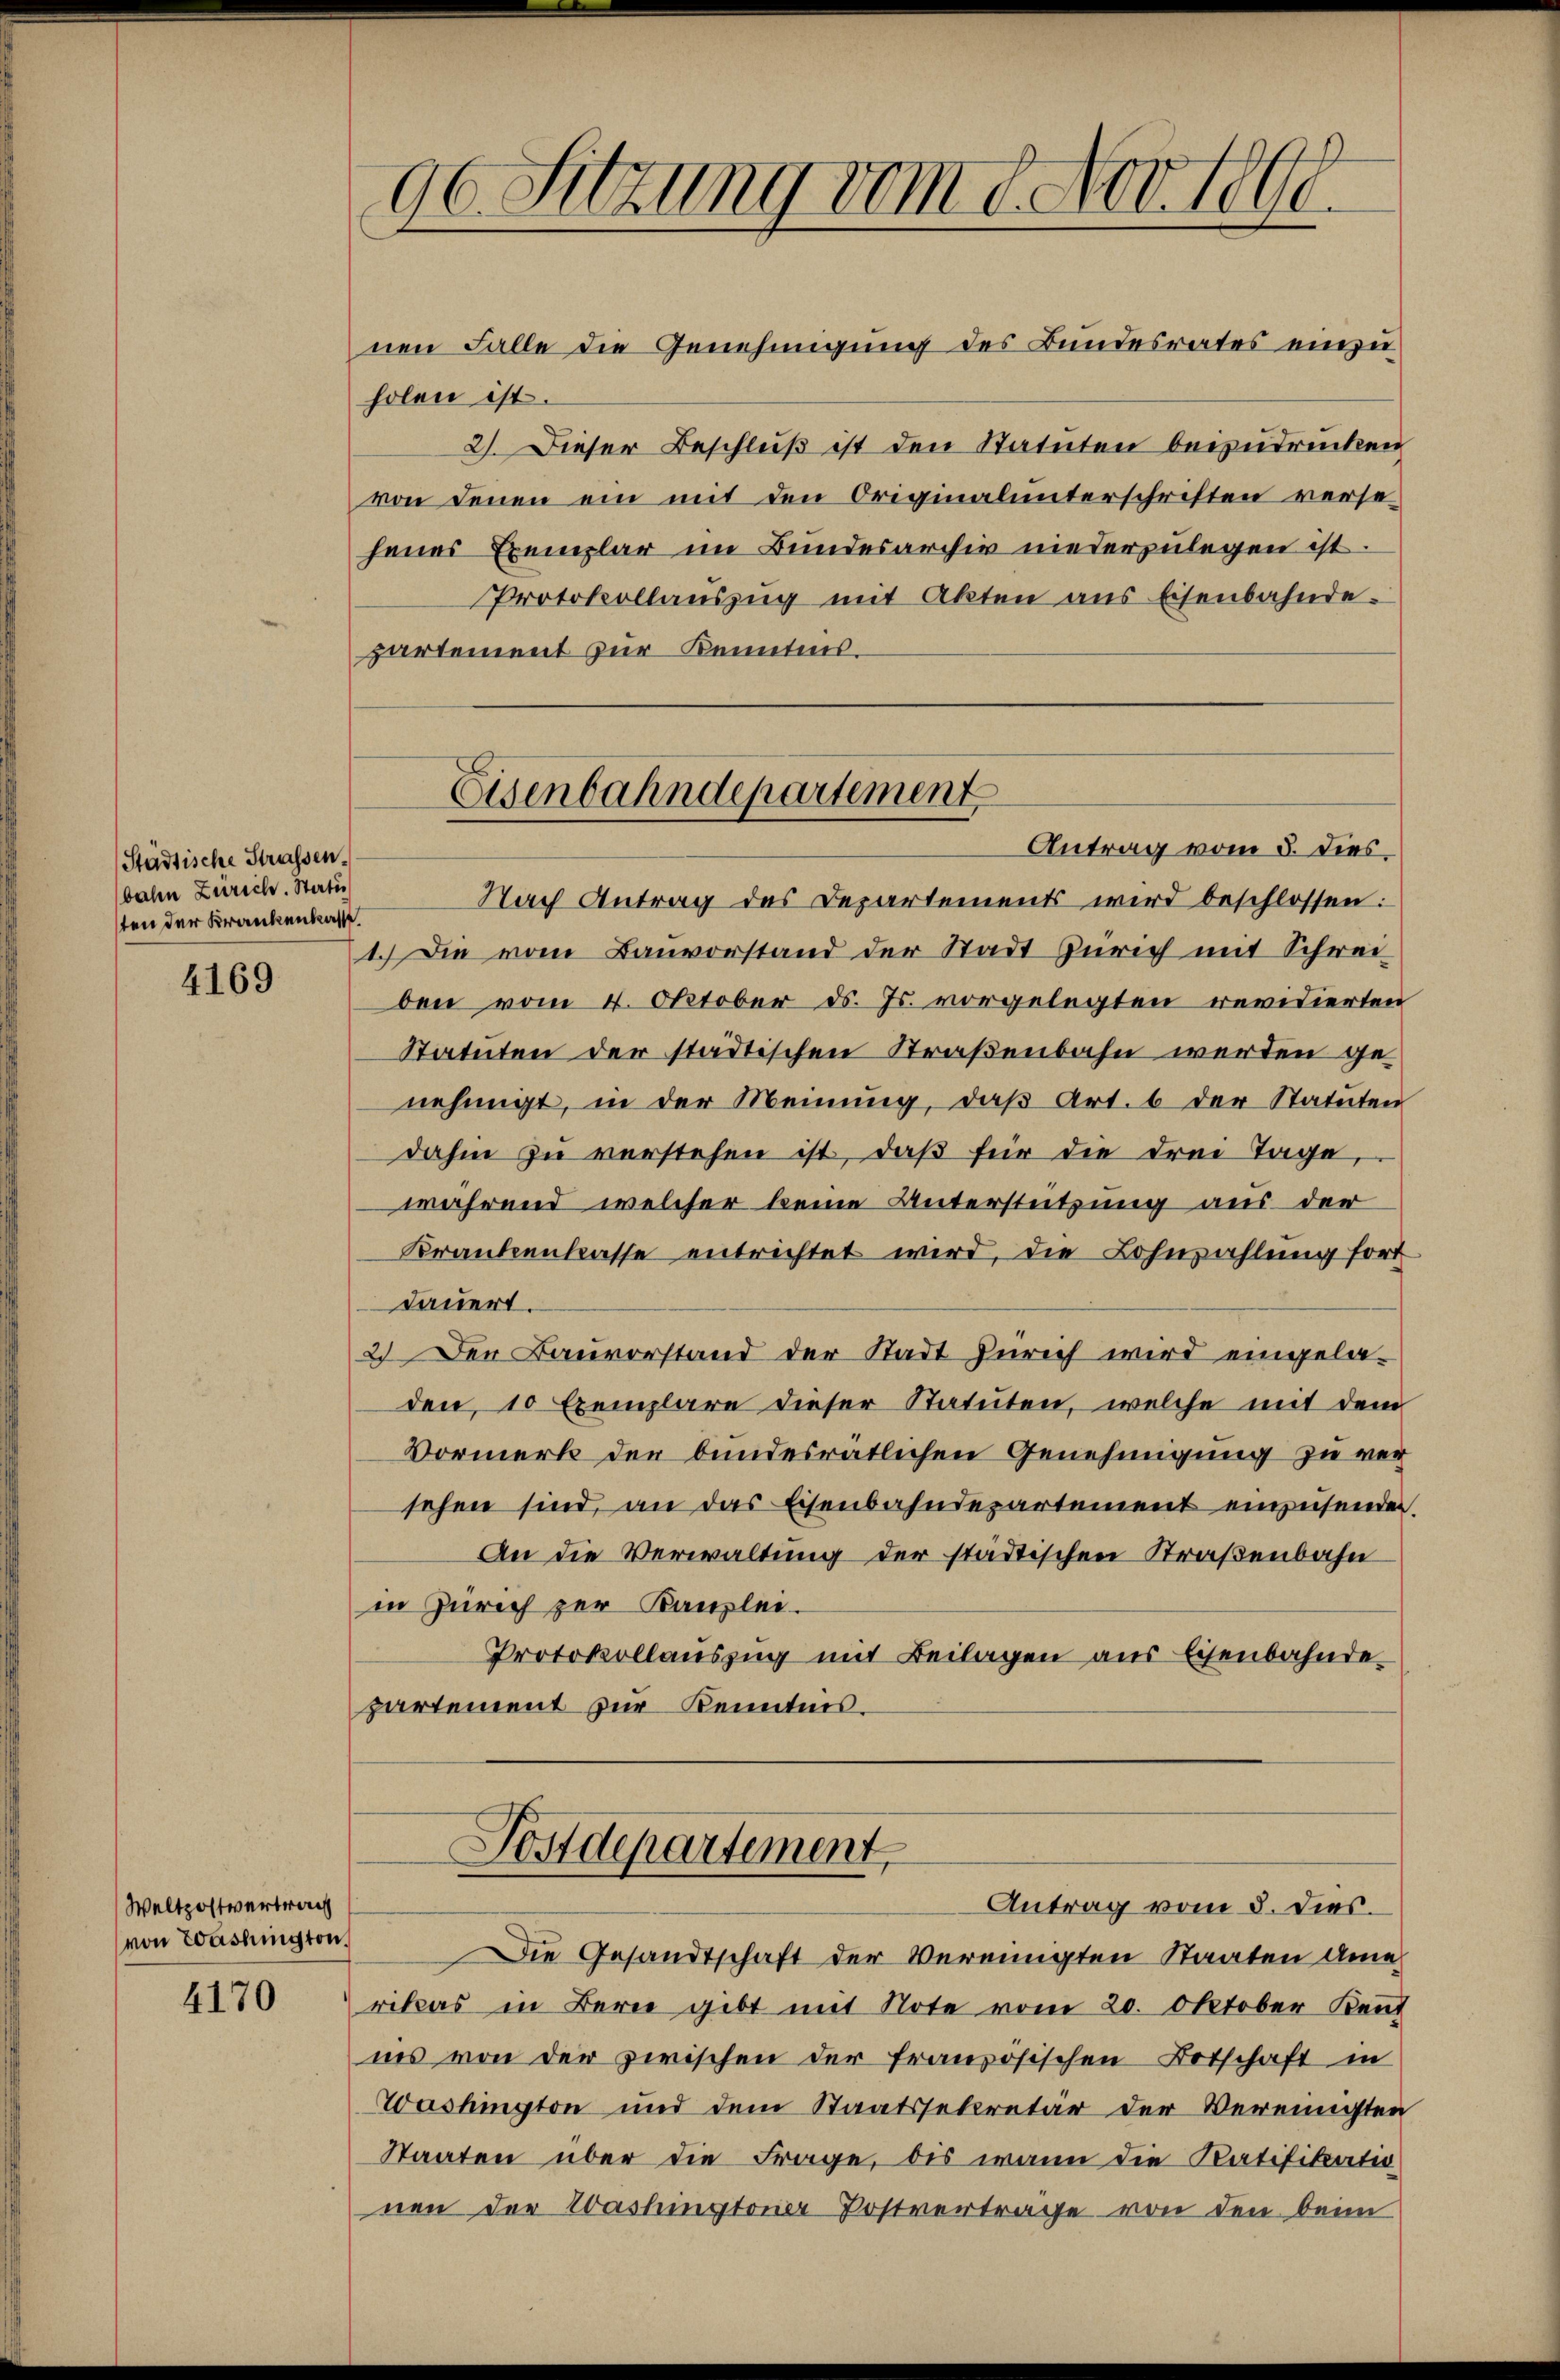
Städtische Strassenbahn Zürich. Stati
ten der Krankenkasse.

4169

Weltzostvertrag
von Washington,

4170

nen Falle die Genehmigung des Bundesrates einzu
holen ist.
2). Dieser Beschluß ist den Statuten beizudrücken
von denen ein mit den Originalunterschriften versejenes Exemplar im Bundesarchiv niederzulegen ist.
Protokollauszug mit Akten aus Eisenbahnde-
partement zur Kenntnis.

96. Sitzung vom 8. Nov. 1861.

Eisenbahndepartement
Antrag vom 5. dies,

Nach Antrag des Departements wird beschlossen:
1.) Die vom Bauvorstand der Stadt Zürich mit Schreiben vom 4. Oktober d. Js. vorgelegten revidierten
Statuten der städtischen Straßenbahn werden genehmigt, in der Meinung, daß Art. 6 der Statuten
dahin zu verstehen ist, daß für die drei Tage,
während welcher keine Unterstützung aus der
Krankenkasse entrichtet wird, die Lohnzahlung fort
dauert.
2. Der Bauvorstand der Stadt Zürich wird eingeladen, 10 Exemplare dieser Statuten, welche mit dem
Vormerk der bundesratlichen Genehmigung zu versehen sind, an das Eisenbahndepartement einzusenden.
An die Verwaltung der städtischen Straßenbahn
in Zürich zur Kanzlei.
Protokollauszug mit Beilagen aus Eisenbahnde
partement zur Kenntnis.

Postdepartement,
Antrag vom 8. dies.

Die Gesandtschaft der Vereinigten Staaten Amerikas in Bern gibt mit Note vom 20. Oktober Kent
ins von der zwischen der französischen Botschaft in
Washington und dem Staatssekretär der Vereinigten
Staaten über die Frage, bis wann die Ratifikatio
nen der Washingtoner Postvertrage von den beim